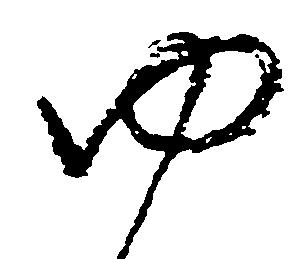
ゆ